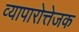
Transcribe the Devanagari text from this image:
व्यापारोत्तेजक